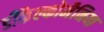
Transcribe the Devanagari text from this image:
डीकैल्कोमैनिया